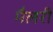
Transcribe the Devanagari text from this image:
मैलरी